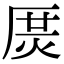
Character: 𤈲